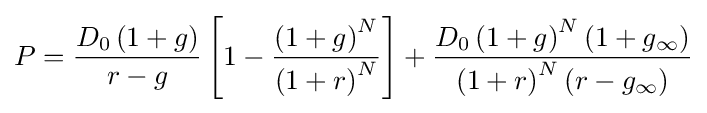
P={\frac {D_{0}\left(1+g\right)}{r-g}}\left[1-{\frac {\left(1+g\right)^{N}}{\left(1+r\right)^{N}}}\right]+{\frac {D_{0}\left(1+g\right)^{N}\left(1+g_{\infty }\right)}{\left(1+r\right)^{N}\left(r-g_{\infty }\right)}}